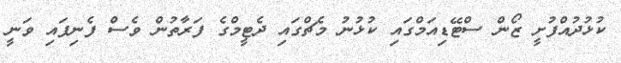
ކުޅުދުއްފުށީ ޒޯން ސްޓޭޑިއަމްގައި ކުޅުނު މެޗްގައި ދެޓީމްގެ ފަރާތުން ވެސް ފެނިފައި ވަނީ